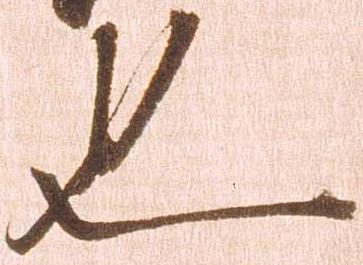
也